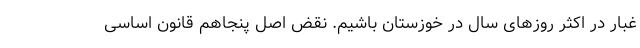
غبار در اکثر روزهای سال در خوزستان باشیم. نقض اصل پنجاهم قانون اساسی